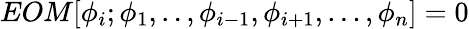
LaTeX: EOM[\phi_{i};\phi_{1},..,\phi_{i-1},\phi_{i+1},...,\phi_{n}]=0